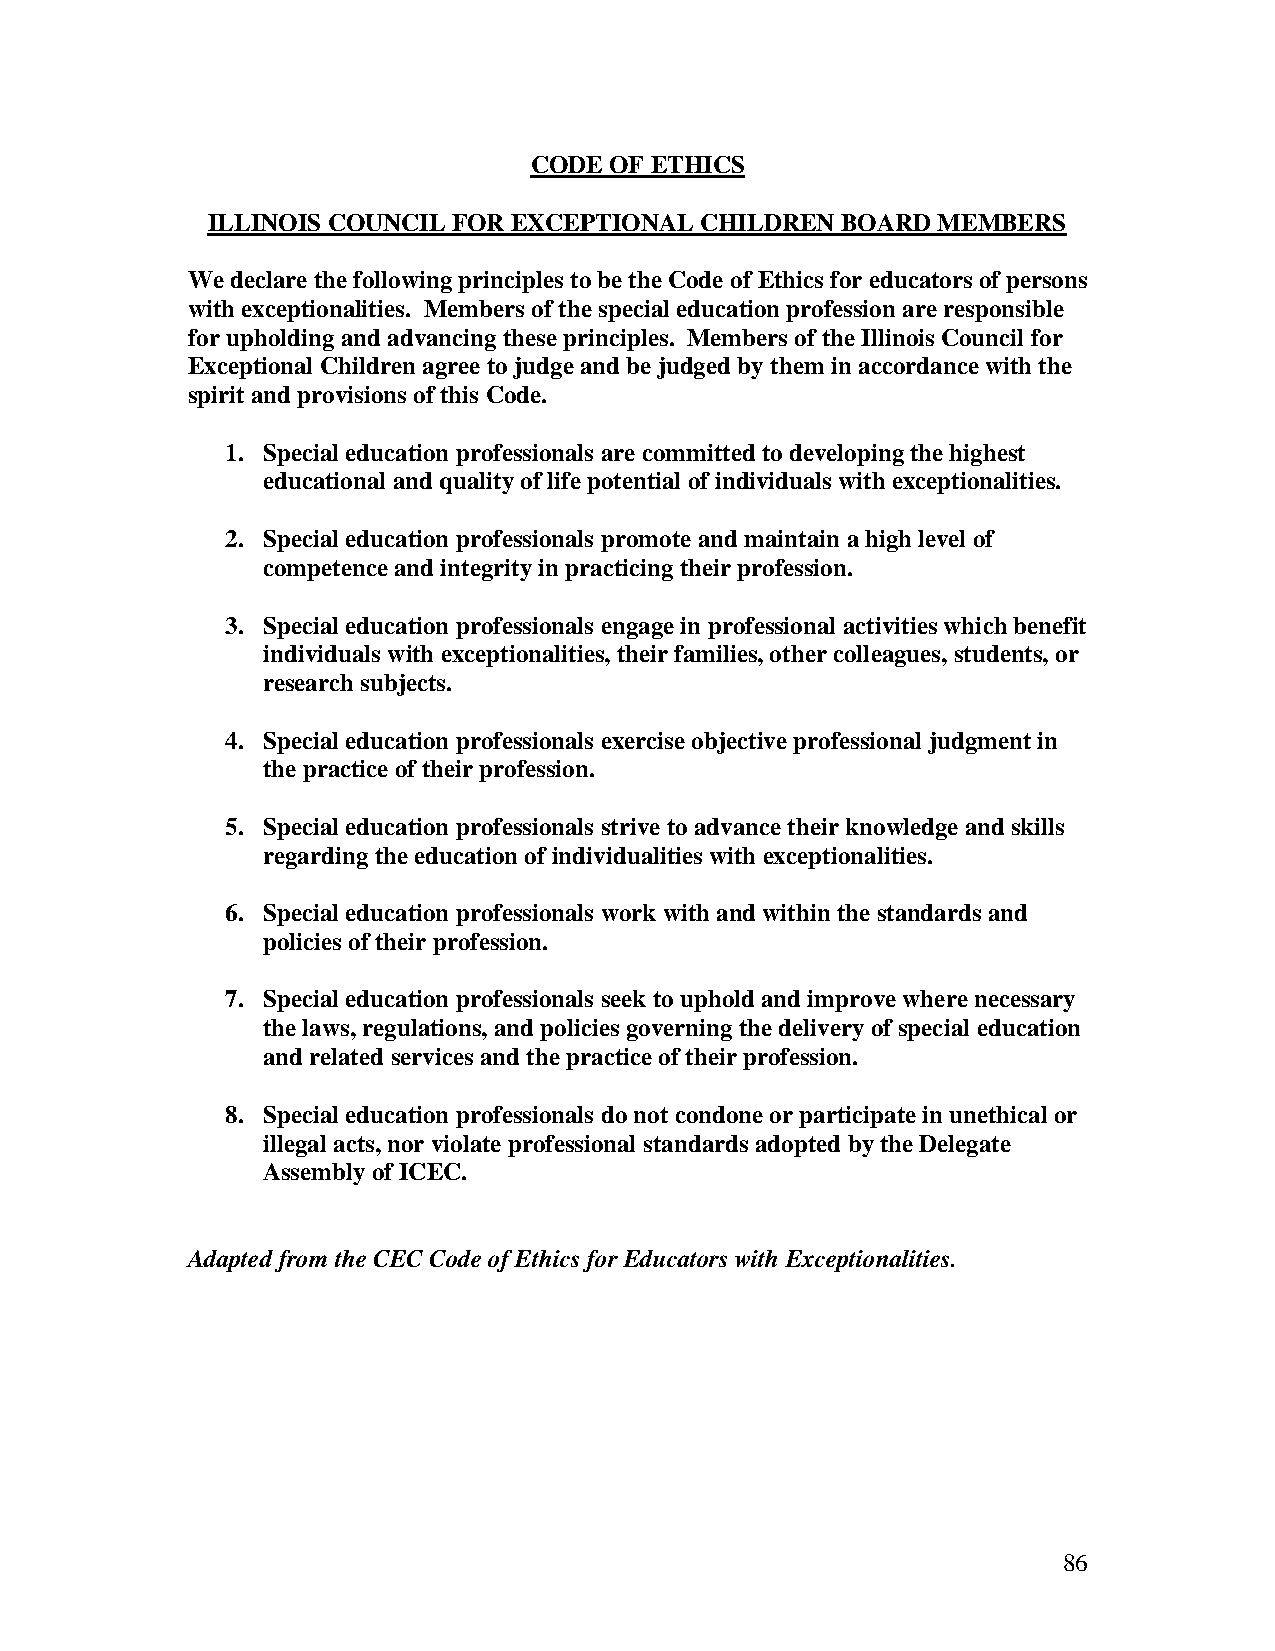
CODE OF ETHICS
 ILLINOIS COUNCIL FOR EXCEPTIONAL CHILDREN BOARD MEMBERS
 We declare the following principles to be the Code of Ethics for educators of persons
 with exceptionalities. Members of the special education profession are responsible
 for upholding and advancing these principles. Members of the Illinois Council for
 Exceptional Children agree to judge and be judged by them in accordance with the
 spirit and provisions of this Code.
 1. Special education professionals are committed to developing the highest
 educational and quality of life potential of individuals with exceptionalities.
 2. Special education professionals promote and maintain a high level of
 competence and integrity in practicing their profession.
 3. Special education professionals engage in professional activities which benefit
 individuals with exceptionalities, their families, other colleagues, students, or
 research subjects.
 4. Special education professionals exercise objective professional judgment in
 the practice of their profession.
 5. Special education professionals strive to advance their knowledge and skills
 regarding the education of individualities with exceptionalities.
 6. Special education professionals work with and within the standards and
 policies of their profession.
 7. Special education professionals seek to uphold and improve where necessary
 the laws, regulations, and policies governing the delivery of special education
 and related services and the practice of their profession.
 8. Special education professionals do not condone or participate in unethical or
 illegal acts, nor violate professional standards adopted by the Delegate
 Assembly of ICEC.
 Adapted from the CEC Code of Ethics for Educators with Exceptionalities.
 86